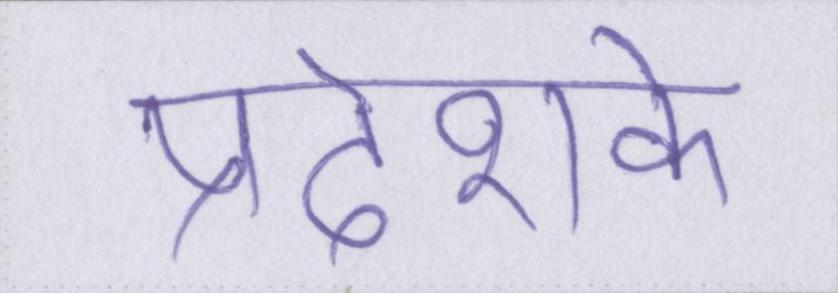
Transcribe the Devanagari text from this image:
प्रदेशके